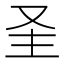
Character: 𱑳